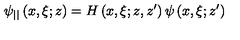
\psi _ { | | } \left( x , \xi ; z \right) = H \left( x , \xi ; z , z ^ { \prime } \right) \psi \left( x , \xi ; z ^ { \prime } \right)